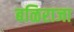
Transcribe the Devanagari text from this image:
बळिराजा